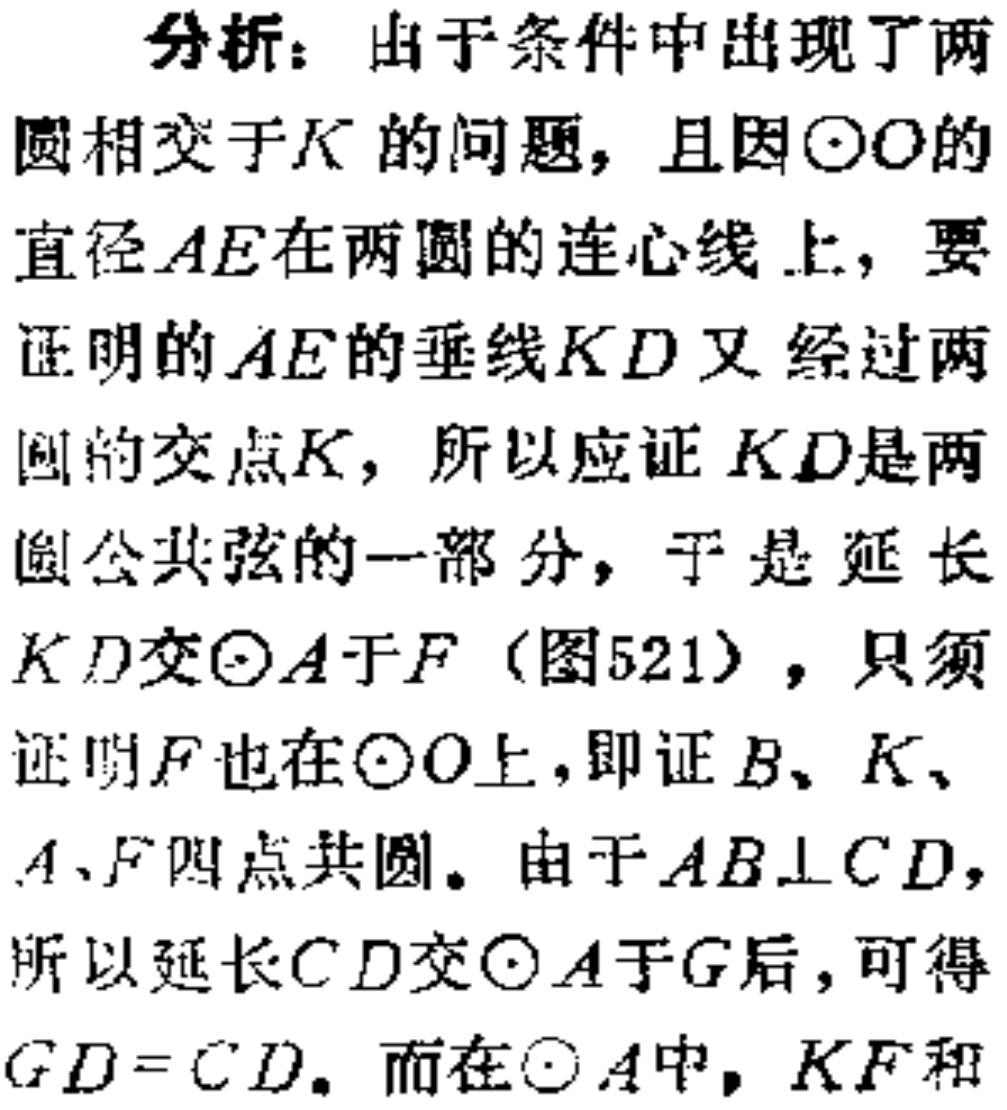
分析：由于条件中出现了两
圆相交于\(K\)的问题，且因\(\odot O\)的
直径\(AE\)在两圆的连心线上，要
证明的\(AE\)的垂线\(KD\)又经过两
圆的交点\(K\)，所以应证\(KD\)是两
圆公共弦的一部分，于是延长
\(KD\)交\(\odot A\)于\(F\)（图521），只须
证明\(F\)也在\(\odot O\)上，即证\(B、K、\)
\(A、F\)四点共圆。由于\(AB\perp CD\)，
所以延长\(CD\)交\(\odot A\)于\(G\)后，可得
\(GD = CD\)。而在\(\odot A\)中，\(KF\)和